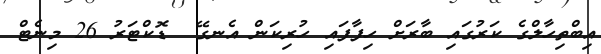
އިބްތިހާލްގެ ކަރުގައި ބާރަށް ހިފާފައި ހުރިކަން އެނގޭ  ޑޮކްޓަރު 26 މިނެޓް